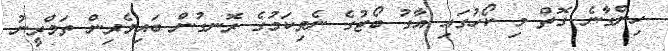
ހިންގާނެ ގޮތް މި ކޯހުގައި އާގު ބޯޓުގެ ނެވިކަމުގެ ރޮނގުން ބައިވެރިން ތަމްރީނު